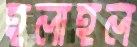
হলাহল